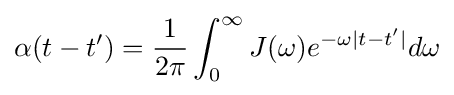
\alpha (t-t')={\frac {1}{2\pi }}\int _{0}^{\infty }J(\omega )e^{-\omega |t-t'|}d\omega